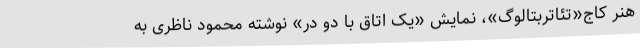
هنر کاج«تئاتربتالوگ»، نمایش «یک اتاق با دو در» نوشته محمود ناظری به